Indian journal of veterinary science and animal husbandry - Volume 7,
Year: 1937
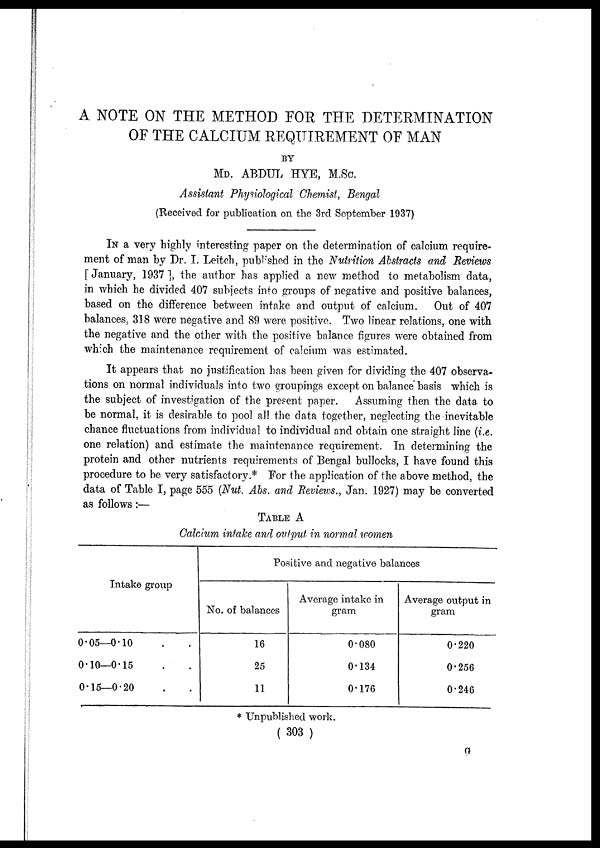
A NOTE ON THE METHOD FOR THE DETERMINATION
OF THE CALCIUM REQUIREMENT OF MAN
BY
MD. ABDUL HYE, M.Sc.
Assistant Physiological Chemist, Bengal
(Received for publication on the 3rd September 1937)
IN a very highly interesting paper on the determination of calcium require-
ment of man by Dr. I. Leitch, published in the Nutrition Abstracts and Reviews
[ January, 1937 ], the author has applied a new method to metabolism data,
in which he divided 407 subjects into groups of negative and positive balances,
based on the difference between intake and output of calcium. Out of 407
balances, 318 were negative and 89 were positive. Two linear relations, one with
the negative and the other with the positive balance figures were obtained from
which the maintenance requirement of calcium was estimated.
It appears that no justification has been given for dividing the 407 observa-
tions on normal individuals into two groupings except on balance basis which is
the subject of investigation of the present paper.
Assuming then the data to
be normal, it is desirable to pool all the data together, neglecting the inevitable
chance fluctuations from individual to individual and obtain one straight line (i.e.
one relation) and estimate the maintenance requirement. In determining the
protein and other nutrients requirements of Bengal bullocks, I have found this
procedure to be very satisfactory.* For the application of the above method, the
data of Table I, page 555 (Nut. Abs. and Reviews., Jan. 1927) may be converted
as follows:—
TABLE A
Calcium intake and output in normal women
Intake group
0.05—0.10 . .
0.10—0.15 . .
0.15—0.20 . .
Positive and negative balances
No. of balances
16
25
11
Average intake in
gram
0.080
0.134
0.176
Average output in
gram
0.220
0.256
0.246
* Unpublished work.
( 303 )
G